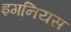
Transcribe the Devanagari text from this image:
इगनियस